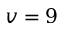
v = 9